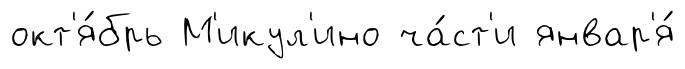
окт'я́брь М'икул'ино ча́ст'и январ'я́